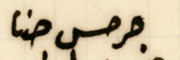
جرحس حنا